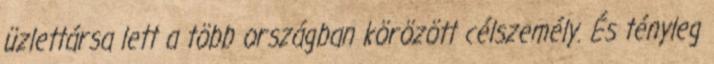
üzlettársa lett a több országban körözött célszemély. És tényleg